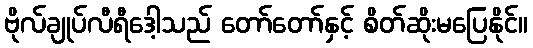
ဗိုလ်ချုပ်လီရီဒေါ့သည် တော်တော်နှင့် စိတ်ဆိုးမပြေနိုင်။